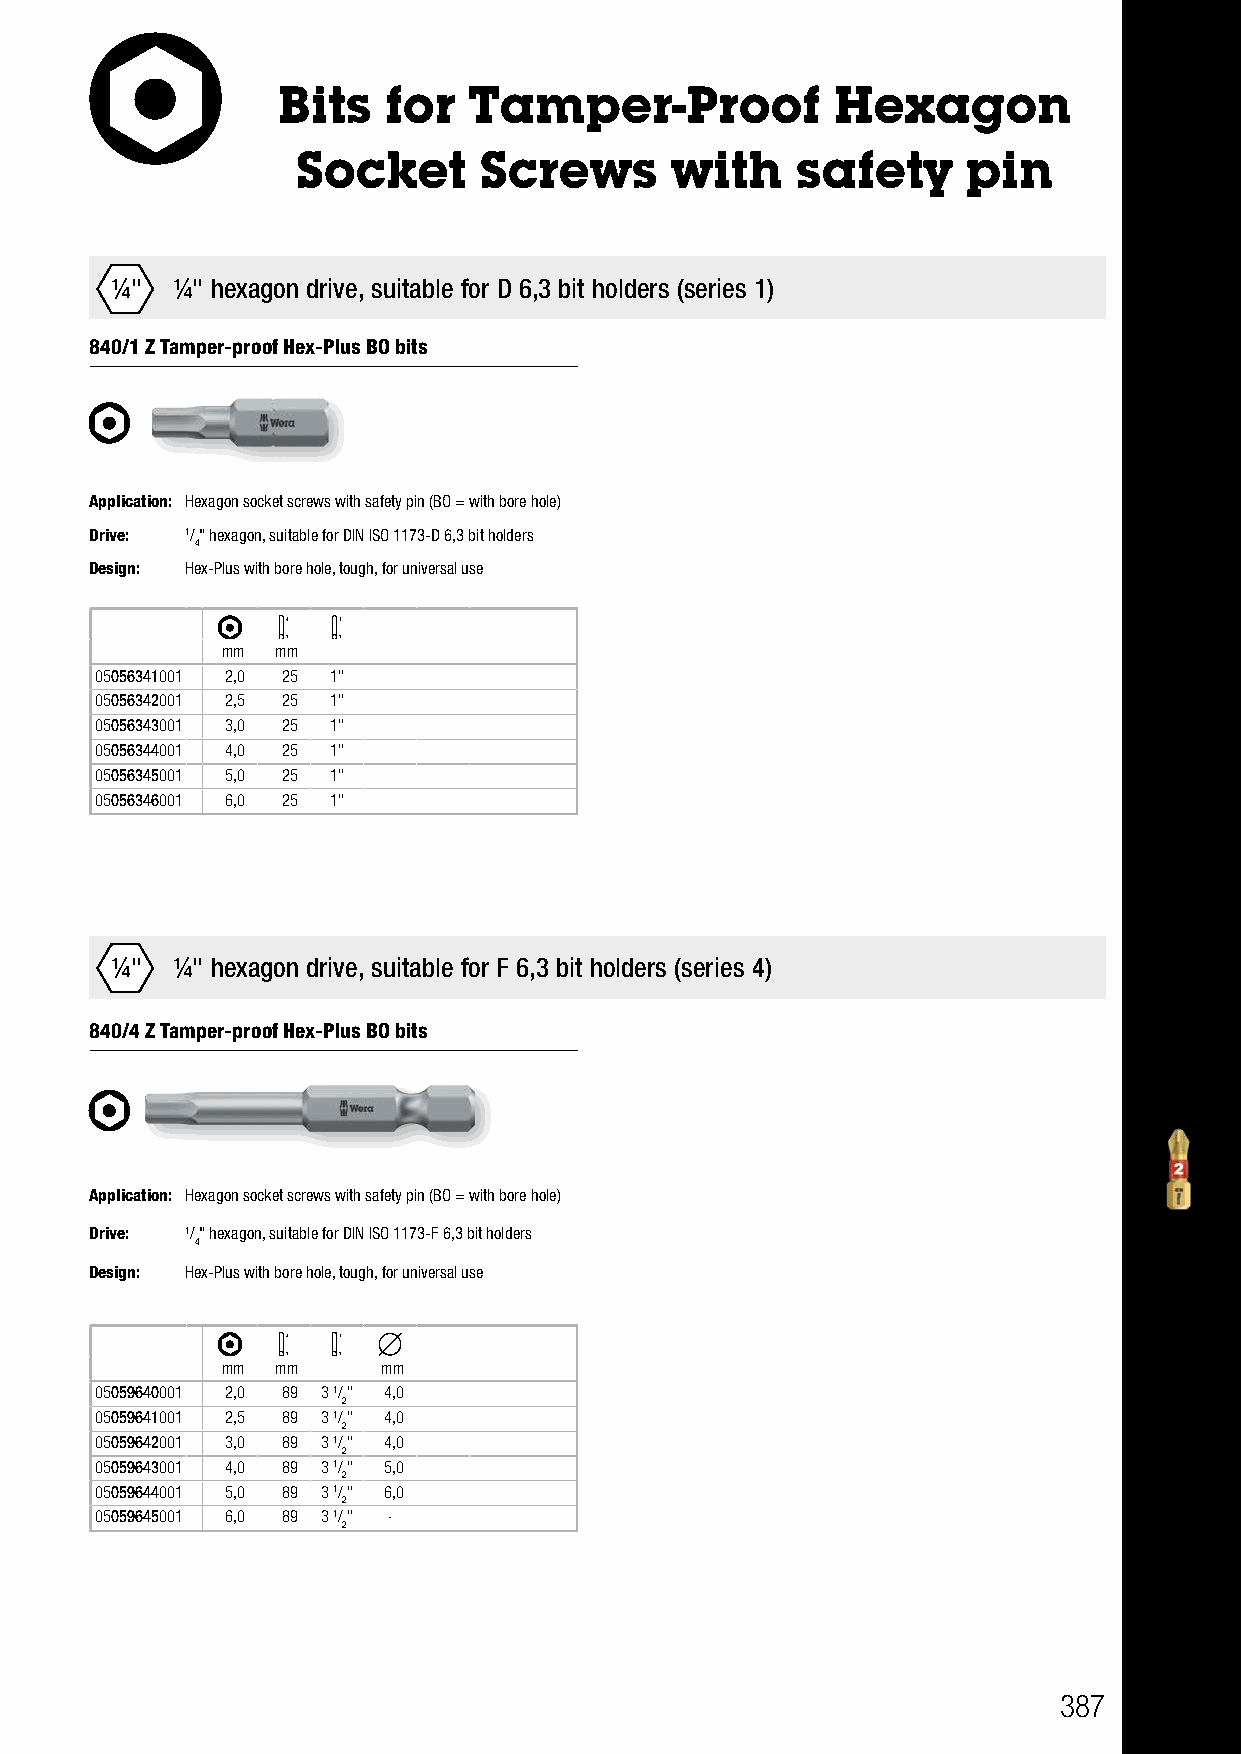
Bits   for   Tamper-Proof            Hexagon
 Socket      Screws      with     safety     pin
 ¼"  ¼" hexagon drive, suitable for D 6,3 bit holders (series 1)
 840/1 Z Tamper-proof Hex-Plus BO bits
 Application: Hexagon socket screws with safety pin (BO = with bore hole)
 Drive: 1/" hexagon, suitable for DIN ISO 1173-D 6,3 bit holders
 4
 Design: Hex-Plus with bore hole, tough, for universal use
 mm mm
 05056341001 2,0 25 1"
 05056342001 2,5 25 1"
 05056343001 3,0 25 1"
 05056344001 4,0 25 1"
 05056345001 5,0 25 1"
 05056346001 6,0 25 1"
 ¼"  ¼" hexagon drive, suitable for F 6,3 bit holders (series 4)
 840/4 Z Tamper-proof Hex-Plus BO bits
 Application: Hexagon socket screws with safety pin (BO = with bore hole)
 Drive: 1/" hexagon, suitable for DIN ISO 1173-F 6,3 bit holders
 4
 Design: Hex-Plus with bore hole, tough, for universal use
 mm mm     mm
 05059640001 2,0 89 3 1/" 4,0
 2
 05059641001 2,5 89 3 1/" 4,0
 2
 05059642001 3,0 89 3 1/" 4,0
 2
 05059643001 4,0 89 3 1/" 5,0
 2
 05059644001 5,0 89 3 1/" 6,0
 2
 05059645001 6,0 89 3 1/" -
 2
 387